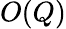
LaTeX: O(Q)